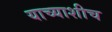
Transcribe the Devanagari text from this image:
याच्याशीच